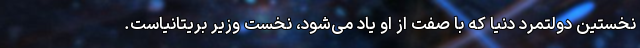
نخستین دولتمرد دنیا که با صفت از او یاد می‌شود، نخست وزیر بریتانیاست.